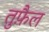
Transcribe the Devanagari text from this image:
तुफ़ैल